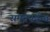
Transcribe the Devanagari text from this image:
समुद्रपर्यन्त